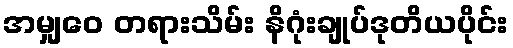
အမျှဝေ တရားသိမ်း နိဂုံးချုပ်ဒုတိယပိုင်း